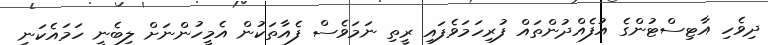
ދިވެހި އާޓިސްޓުންގެ އުފެއްދުންތައް ފުރިހަމަވެފައި ރީތި ނަމަވެސް ފެއާތަކުން އެމީހުންނަށް ލިބެނީ ހަމައެކަނި